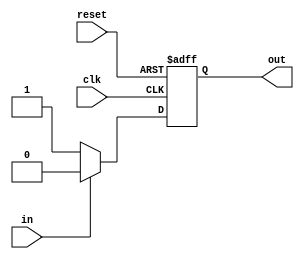
module Schmitt_trigger_inverter (
    input wire clk,
    input wire reset,
    input wire in,
    output wire out
);

reg out_reg;

// adjustable high and low trip points for hysteresis
parameter HIGH_TRIP = 1'b1;
parameter LOW_TRIP = 1'b0;

// state machine for hysteresis
always @(posedge clk or posedge reset)
begin
    if (reset)
        out_reg <= 1'b0;
    else if (in == HIGH_TRIP)
        out_reg <= 1'b0;
    else if (in == LOW_TRIP)
        out_reg <= 1'b1;
end

assign out = out_reg;

endmodule